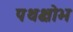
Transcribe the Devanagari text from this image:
पथक्षोभ